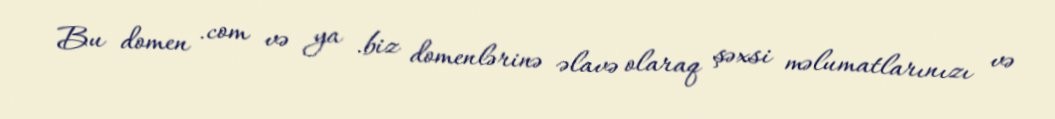
Bu domen .com və ya .biz domenlərinə əlavə olaraq şəxsi məlumatlarınızı və